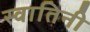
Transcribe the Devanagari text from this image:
स्वातिनी